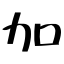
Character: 加